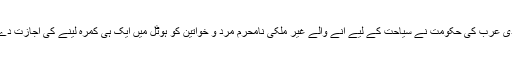
سعودی عرب کی حکومت نے سیاحت کے لیے آنے والے غیر ملکی نامحرم مرد و خواتین کو ہوٹل میں ایک ہی کمرہ لینے کی اجازت دے دی۔